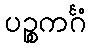
ပဉ္စကင်္ဂံ